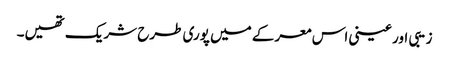
زیبی اور عینی اس معرکے میں پوری طرح شریک تھیں۔